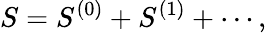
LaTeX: S=S^{(0)}+S^{(1)}+\cdots,